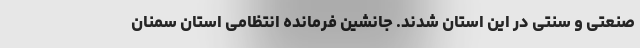
صنعتی و سنتی در این استان شدند. جانشین فرمانده انتظامی استان سمنان